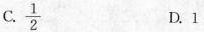
C. \frac{1}{2} D.1